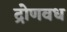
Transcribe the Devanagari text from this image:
द्रोणवध